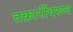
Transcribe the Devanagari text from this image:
तक्रारींवरून